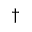
^ \dag